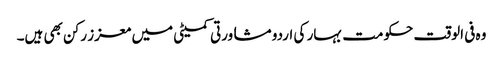
وہ فی الوقت حکومت بہار کی اردو مشاورتی کمیٹی میں معزز رکن بھی ہیں۔